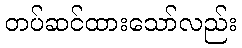
တပ်ဆင်ထားသော်လည်း